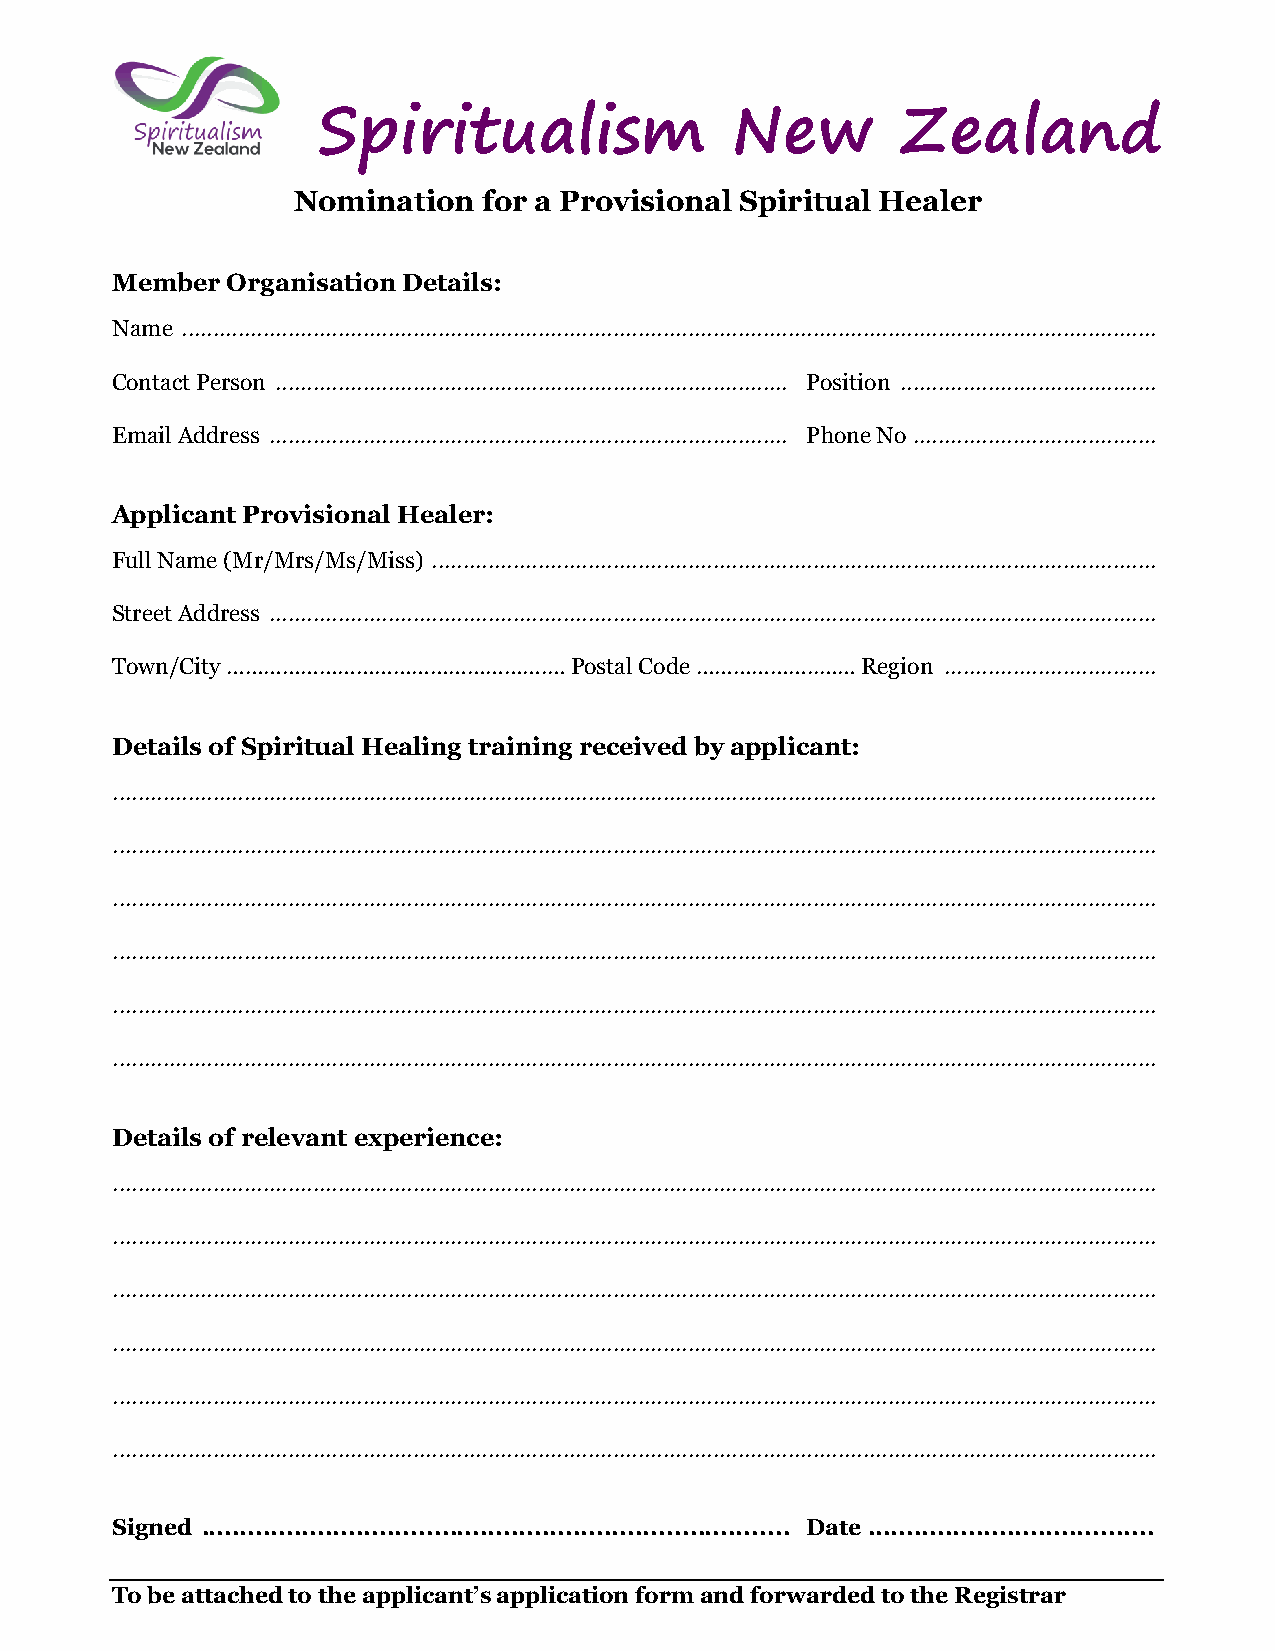
Spiritualism               New         Zealand
 Nomination   for a Provisional Spiritual Healer
 Member  Organisation Details:
 Name ............................................................................................................................................................
 Contact Person .................................................................................. Position .........................................
 Email Address ................................................................................... Phone No .......................................
 Applicant Provisional Healer:
 Full Name (Mr/Mrs/Ms/Miss) ....................................................................................................................
 Street Address ..............................................................................................................................................
 Town/City …………………………………………….…  Postal Code ………………..…… Region ..................................
 Details of Spiritual Healing training received by applicant:
 .......................................................................................................................................................................
 .......................................................................................................................................................................
 .......................................................................................................................................................................
 .......................................................................................................................................................................
 .......................................................................................................................................................................
 .......................................................................................................................................................................
 Details of relevant experience:
 .......................................................................................................................................................................
 .......................................................................................................................................................................
 .......................................................................................................................................................................
 .......................................................................................................................................................................
 .......................................................................................................................................................................
 .......................................................................................................................................................................
 Signed ............................................................................ Date .....................................
 To be attached to the applicant’s application form and forwarded to the Registrar